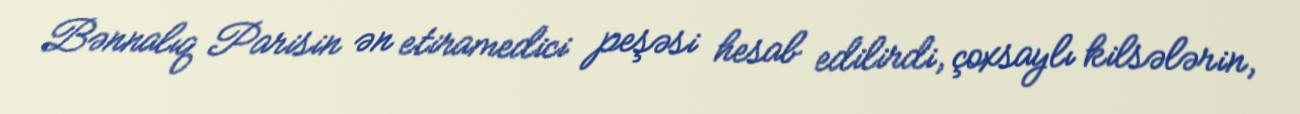
Bənnalıq Parisin ən etiramedici peşəsi hesab edilirdi, çoxsaylı kilsələrin,